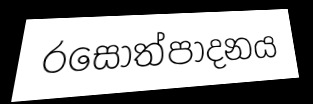
රසෝත්පාදනය